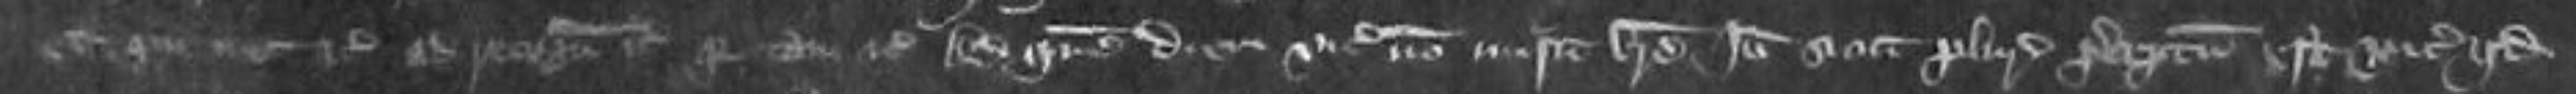
et qui nec etc ad recognoscendum etc quia tam etc Ad quem diem vicecomes non misit breve Ideo sicut pluries preceptum est vicecomiti quod